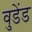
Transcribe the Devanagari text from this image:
वुडेंड